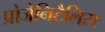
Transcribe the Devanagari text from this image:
प्रोजेनिटैलिस